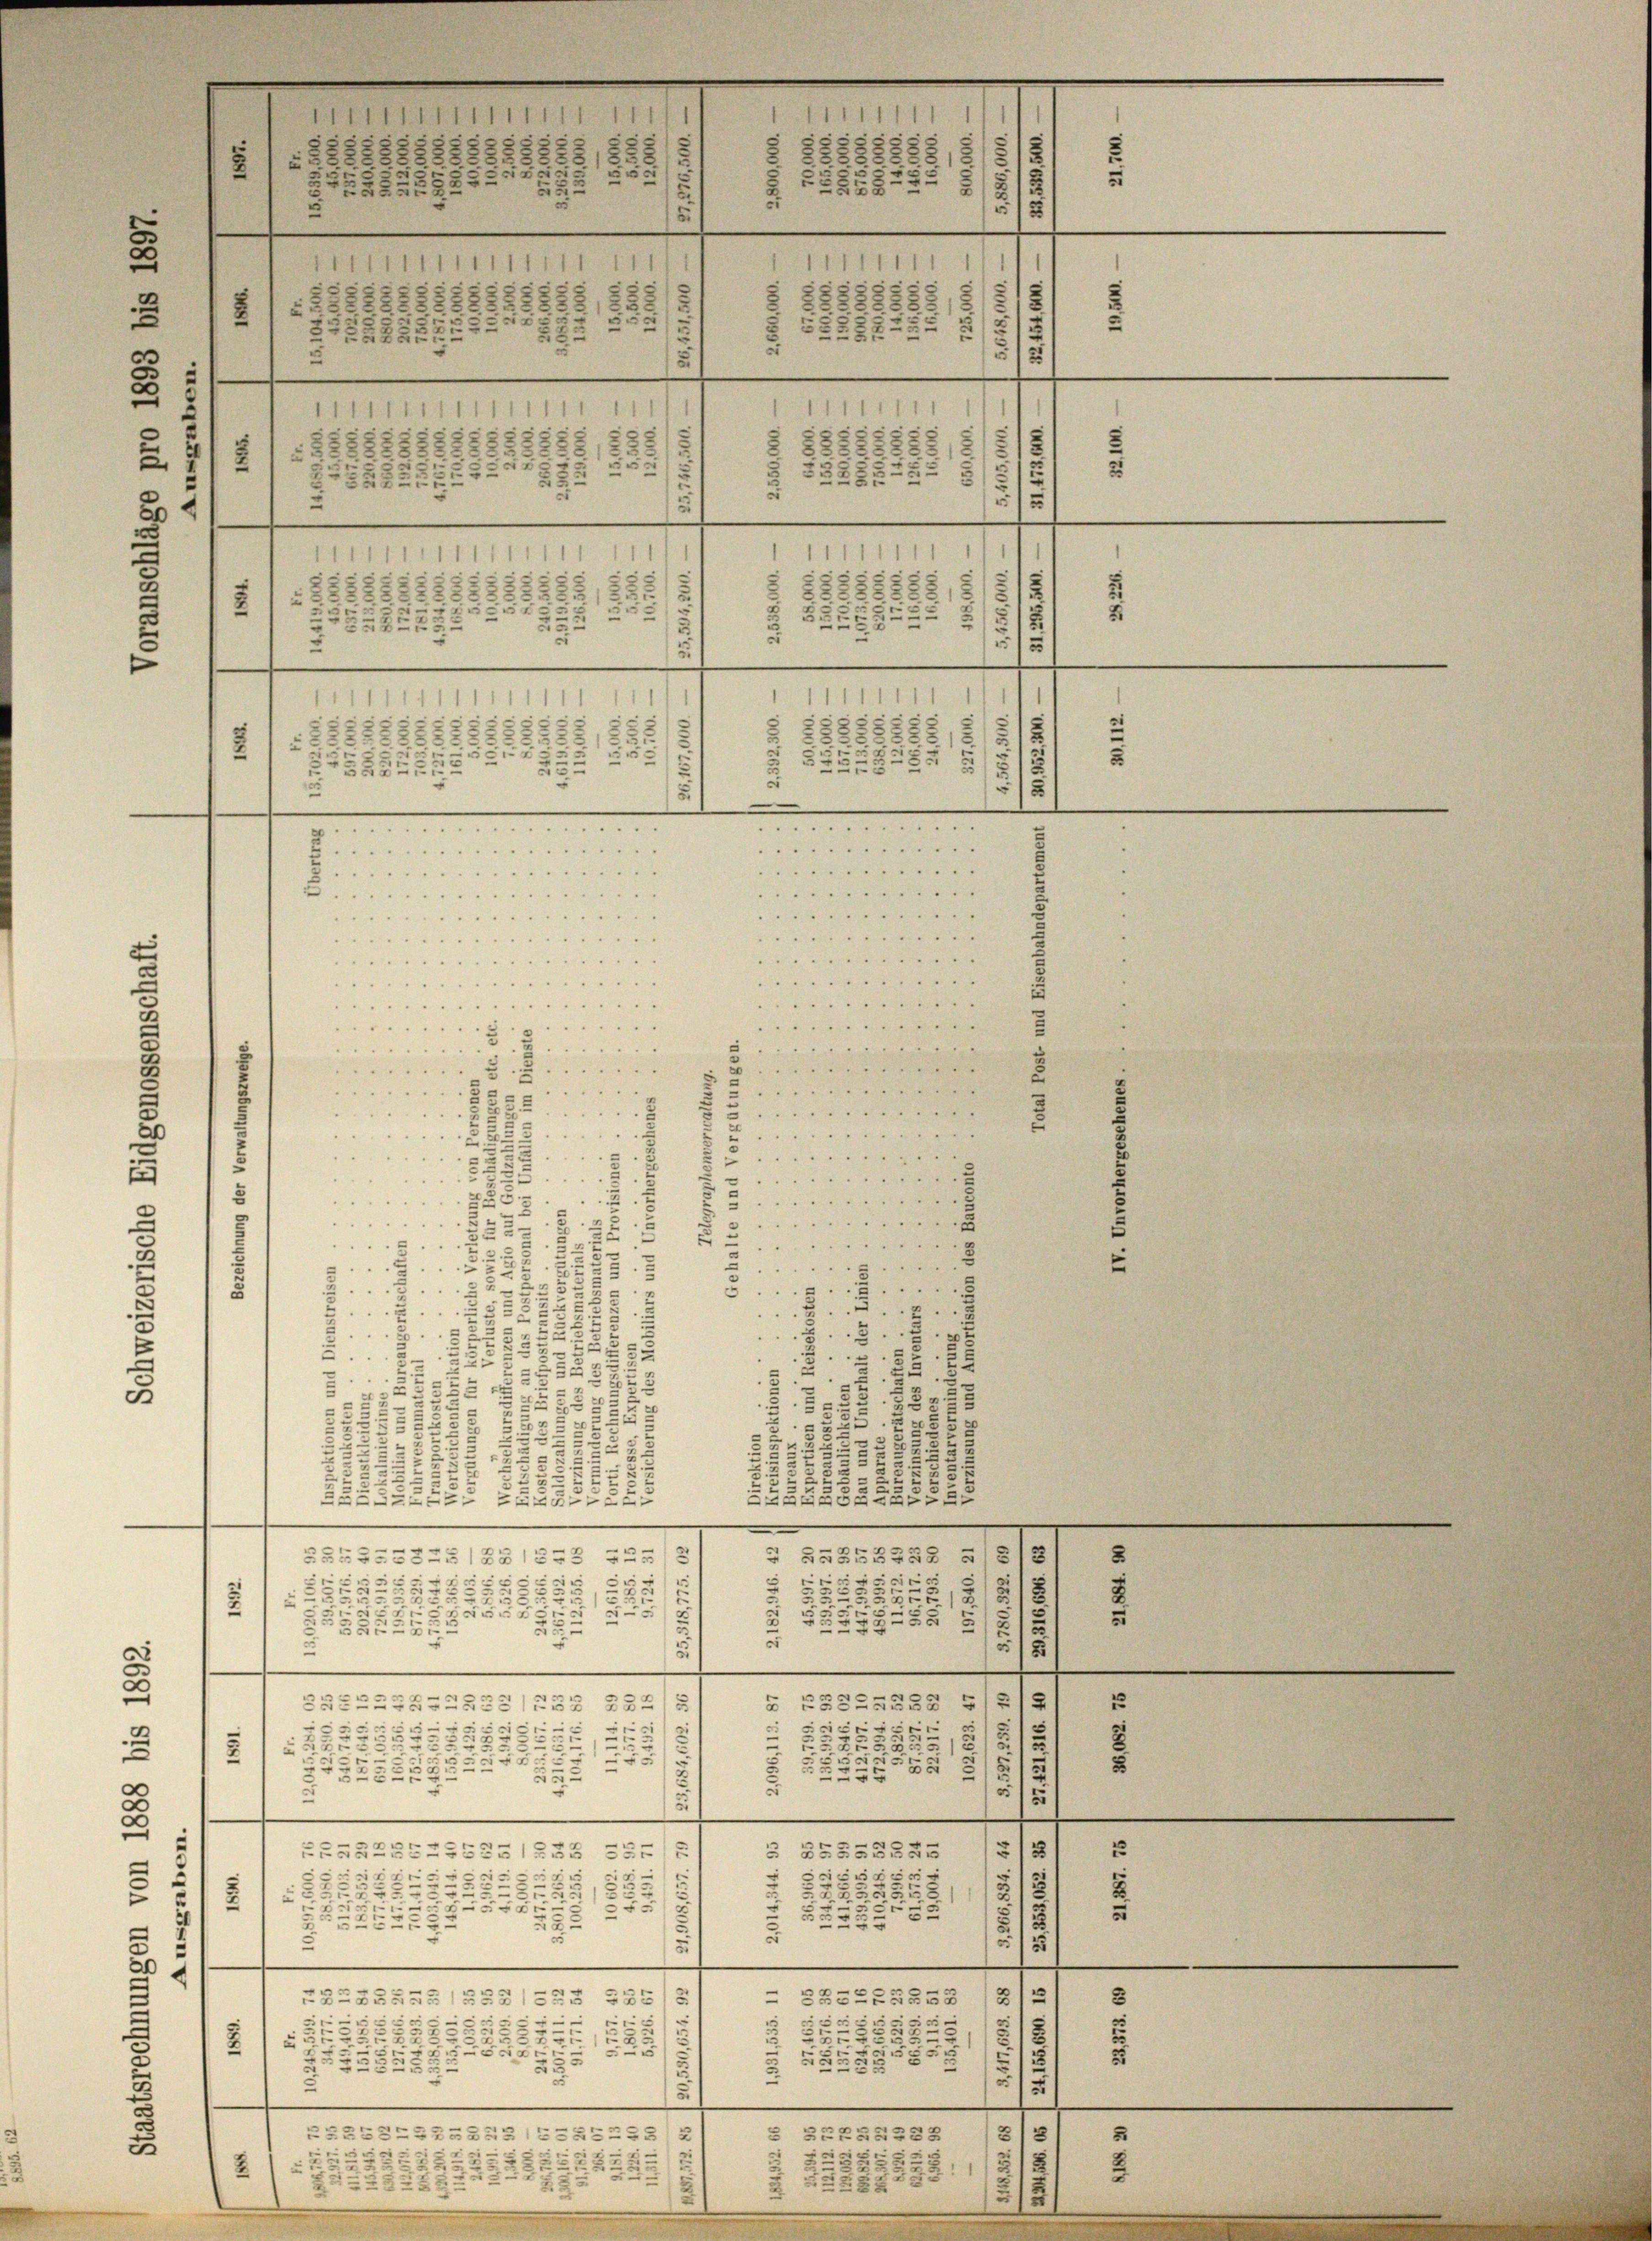
2
e
e
2
.
s
¬
u

5
1
2
2
42
e
1
1

2
.
u
e
5
2
e
..

.
e
.
a
 . . . . . . .
.
. . . . . . . . ....
 . . . . . . . . . .
 . . . . . . . .
 . . . . . . . . .
B
 . . . . . . . . .

e
........
2
.
....
s
 . . . . .
5
a . . . . . 4
.
s
“
2

.....
2
.
“
35
e

s
u
u
.
3
2
e
58
u
e
333
2
u

.
u
e
5
3 5 5
5
2
2
u
i
25552
5
5
x
AALLE=S
zz
—
—
e
.
§ 55855258 u
3
25351851223 243
2
509
2
u
x
x
2
2-5732
2
s
.
2
.
t
53
55555
2
3
u
5555.
21
e
5
u
u
.
—
—
¬
e
e
25252288 +
5
SSENZZG22522).«§ 232
ci
g
523
2
u
2
185
22
u
.
e
|
2
5
25
u
2
452
2
6
5
.
—
.
d
13
5
§ 555255
ERKLBELEGRASSS 332)
.
c
u
552

57.
u
.
5
¬
e
e
5
555
5
u
5
u
12
t
—
.
d
.
e
)
583668558
235
23—2552515. 1352
“
e
e
s
52382.
25587.
2
u
2
u
2
8
x
.
c
.
2
5
 85.
25
r
.
2
4
—
e
3/3
ZBGBELBASSSE255482
§ 22255228
5
I
e
25
seis

5

28
12
2
52x
s
125
3
u
255
22
2
12

5
3822
18
 15
1
u
8
12
tifi
88388888 8
de
2282252 5/5

t
885
5
e
55225
e

13

u
2

.
.
.
...
uderseit der
.
.

558882
22
22528
1525
c
—
 . . . . . . . . . .
. . . . . . . . . . . .
 . . . . . . . . . . ..
 . . . . . . . . . . .
 . . . . . . . . .....